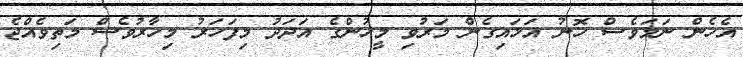
އެހެން ނަމަވެސް ހޮނު އަޅައިގެން މަރުވި މީހުންގެ އަދަދު މިފަހަރު މިހާރުވެސް މަތިވެއްޖެ